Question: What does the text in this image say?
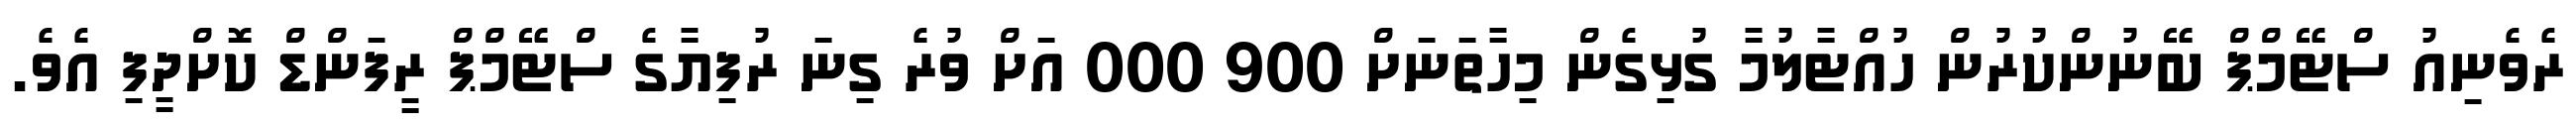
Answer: ރެވެނިއު ސްޓޭމްޕް ބޭނުންކުރުން ހުއްޓާލުމާ ގުޅިގެން މިހާތަނަށް 900 000 އަށް ވުރެ ގިނަ ރުފިޔާގެ ސްޓޭމްޕް ރީފަންޑް ކޮށްދީފި އެވެ.